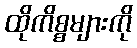
ထိုကိစ္စများကို